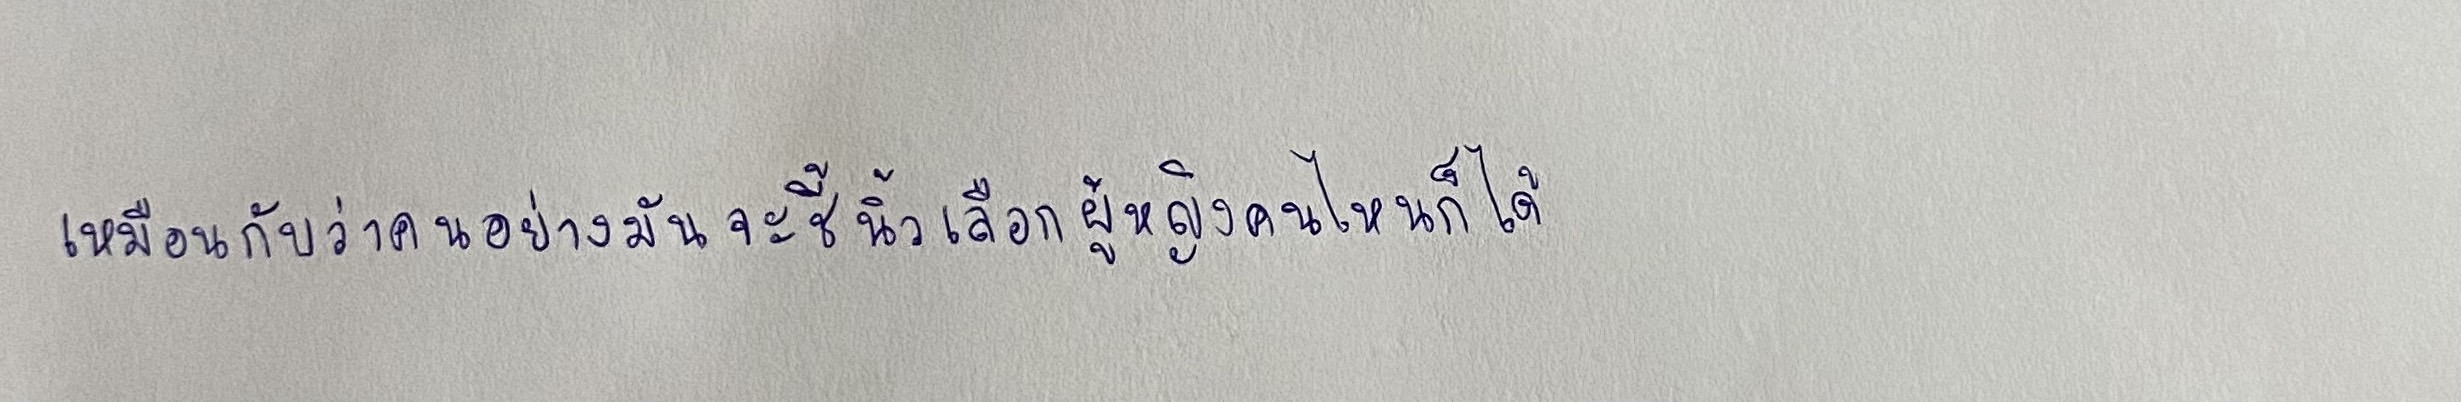
เหมือนกับว่าคนอย่างมันจะชี้นิ้วเลือกผู้หญิงคนไหนก็ได้